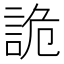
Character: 詭